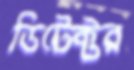
ডিটেক্টর